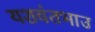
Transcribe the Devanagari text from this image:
यशवंतभाउ